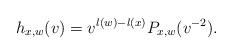
LaTeX: \begin{align*}h_{x,w}(v) = v^{l(w) - l(x)}P_{x, w}(v^{-2}).\end{align*}